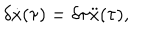
\delta \dot { x } ( \tau ) = \delta \tau \ddot { x } ( \tau ) ,